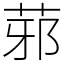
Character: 䓉